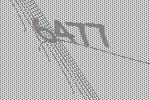
6477